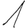
Digit: 1